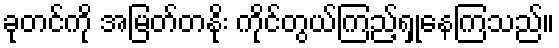
ခုတင်ကို အမြတ်တနိုး ကိုင်တွယ်ကြည့်ရှုနေကြသည်။